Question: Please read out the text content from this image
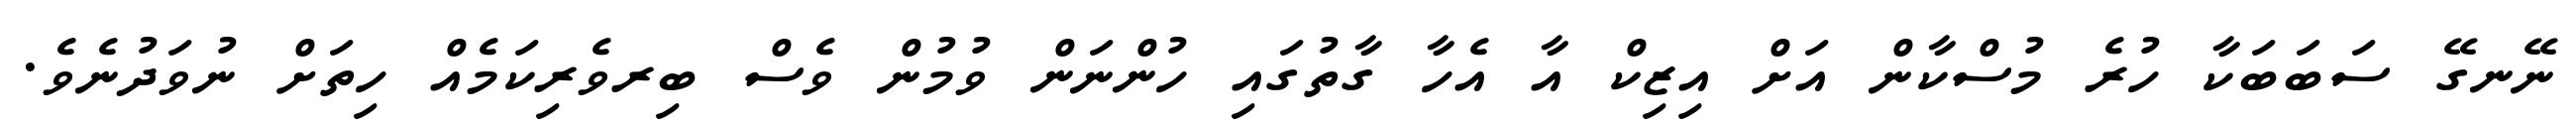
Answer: ނޭނގޭ ސަބަބަކާ ހުރެ މުސްކާން އަށް އިޒިކް އާ އެހާ ގާތުގައި ހުންނަން ވުމުން ވެސް ބިރވެރިކަމެއް ހިތަށް ނުވަދުނެވެ.